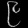
Digit: ၉